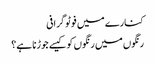
کنارے میں فوٹو گرافی
رنگوں میں رنگوں کو کیسے جوڑنا ہے؟